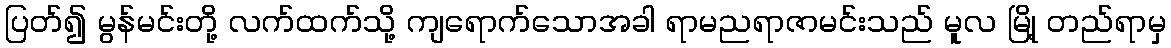
ပြတ်၍ မွန်မင်းတို့ လက်ထက်သို့ ကျရောက်သောအခါ ရာမညရာဇာမင်းသည် မူလ မြို့ တည်ရာမှ